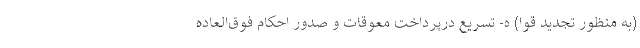
(به منظور تجدید قوا) ه- تسریع درپرداخت معوقات و صدور احکام فوق‌العاده